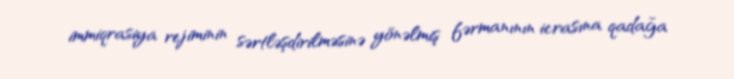
immiqrasiya rejiminin sərtləşdirilməsinə yönəlmiş fərmanının icrasına qadağa